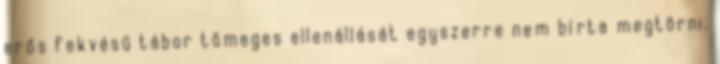
erős fekvésű tábor tömeges ellenállását egyszerre nem bírta megtörni.